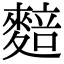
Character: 䴺